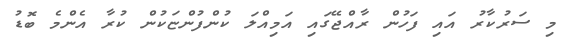
މި ސަރުކާރު އައި ފަހުން ރާއްޖޭގައި އަމިއްލަ ކުންފުންޏަކުން ކުރާ އެންމެ ބޮޑު